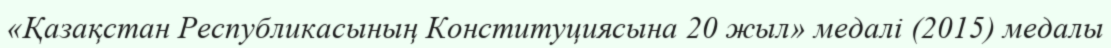
«Қазақстан Республикасының Конституциясына 20 жыл» медалі (2015) медалы